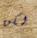
لكن